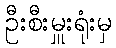
ဦးစီးမှူးရုံးမှ